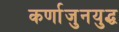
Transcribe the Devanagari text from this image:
कर्णाजुनयुद्ध